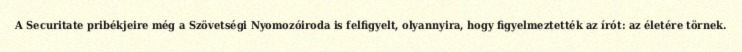
A Securitate pribékjeire még a Szövetségi Nyomozóiroda is felfigyelt, olyannyira, hogy figyelmeztették az írót: az életére törnek.